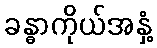
ခန္ဓာကိုယ်အနှံ့